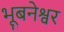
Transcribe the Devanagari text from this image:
भूबनेश्वर